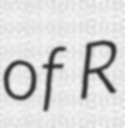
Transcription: of R